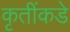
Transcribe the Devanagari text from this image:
कृतींकडे